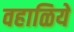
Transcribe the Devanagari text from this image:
वहाळिये